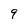
Character: 9